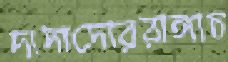
দাদাদোররাঙ্গাচ